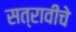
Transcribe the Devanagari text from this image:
सत्रावीचे